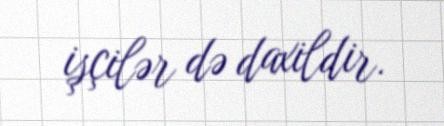
işçilər də daxildir.